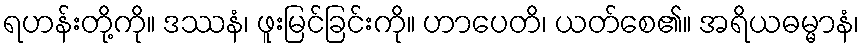
ရဟန်းတို့ကို။ ဒဿနံ၊ ဖူးမြင်ခြင်းကို။ ဟာပေတိ၊ ယတ်စေ၏။ အရိယဓမ္မာနံ၊